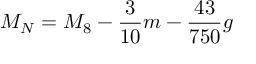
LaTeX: M _ { N } = M _ { 8 } - \frac { 3 } { 1 0 } m - \frac { 4 3 } { 7 5 0 } g